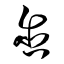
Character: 含